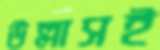
উল্লাসই